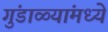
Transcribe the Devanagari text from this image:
गुंडाळ्यांमध्ये